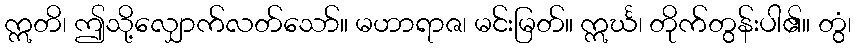
ဣတိ၊ ဤသို့လျှောက်လတ်သော်။ မဟာရာဇ၊ မင်းမြတ်။ ဣင်္ဃ၊ တိုက်တွန်းပါ၏။ တွံ၊